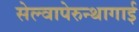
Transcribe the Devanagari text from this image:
सेल्वापेरुन्थागाई